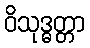
ဝိသုဒ္ဓတ္တာ